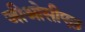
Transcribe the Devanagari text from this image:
जीओसीएल